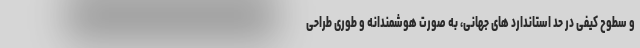
و سطوح کیفی در حد استاندارد های جهانی، به صورت هوشمندانه و طوری طراحی